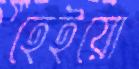
হেইয়ো